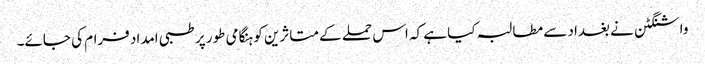
واشنگٹن نے بغداد سے مطالبہ کیا ہے کہ اس حملے کے متاثرین کو ہنگامی طور پر طبی امداد فرام کی جائے۔